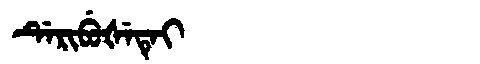
Manchu: ᡩᡝᡵᡳᠪᡠᡧᡝᡨᡝᡳ
Romanization: DERIBUŠETEI